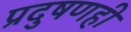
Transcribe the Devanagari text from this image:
प्रदुषणही